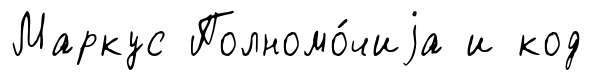
Маркус Полномо́чиjа и код